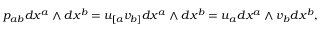
p _ { a b } d x ^ { a } \wedge d x ^ { b } = u _ { [ a } v _ { b ] } d x ^ { a } \wedge d x ^ { b } = u _ { a } d x ^ { a } \wedge v _ { b } d x ^ { b } ,